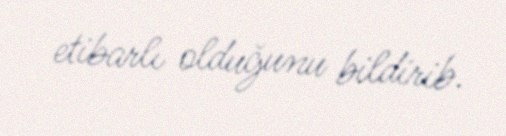
etibarlı olduğunu bildirib.